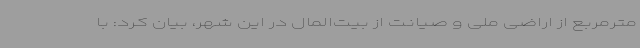
مترمربع از اراضی ملی و صیانت از بیت‌المال در این شهر، بیان کرد: با